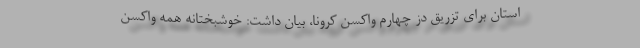
استان برای تزریق دز چهارم واکسن کرونا، بیان داشت: خوشبختانه همه واکسن